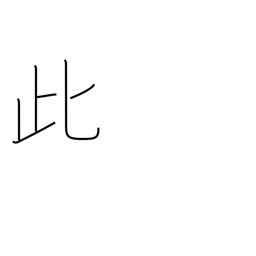
Meaning: this